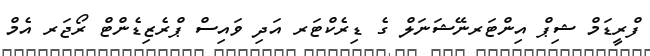
ފްރީޑަމް ޝިޕް އިންޓަރނޭޝަނަލް ގެ ޑިރެކްޓަރ އަދި ވައިސް ޕްރެޒިޑެންޓް ރޯޖަރ އެމް